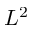
L ^ { 2 }